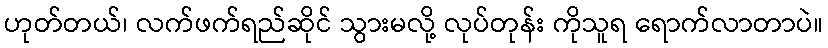
ဟုတ်တယ်၊ လက်ဖက်ရည်ဆိုင် သွားမလို့ လုပ်တုန်း ကိုသူရ ရောက်လာတာပဲ။